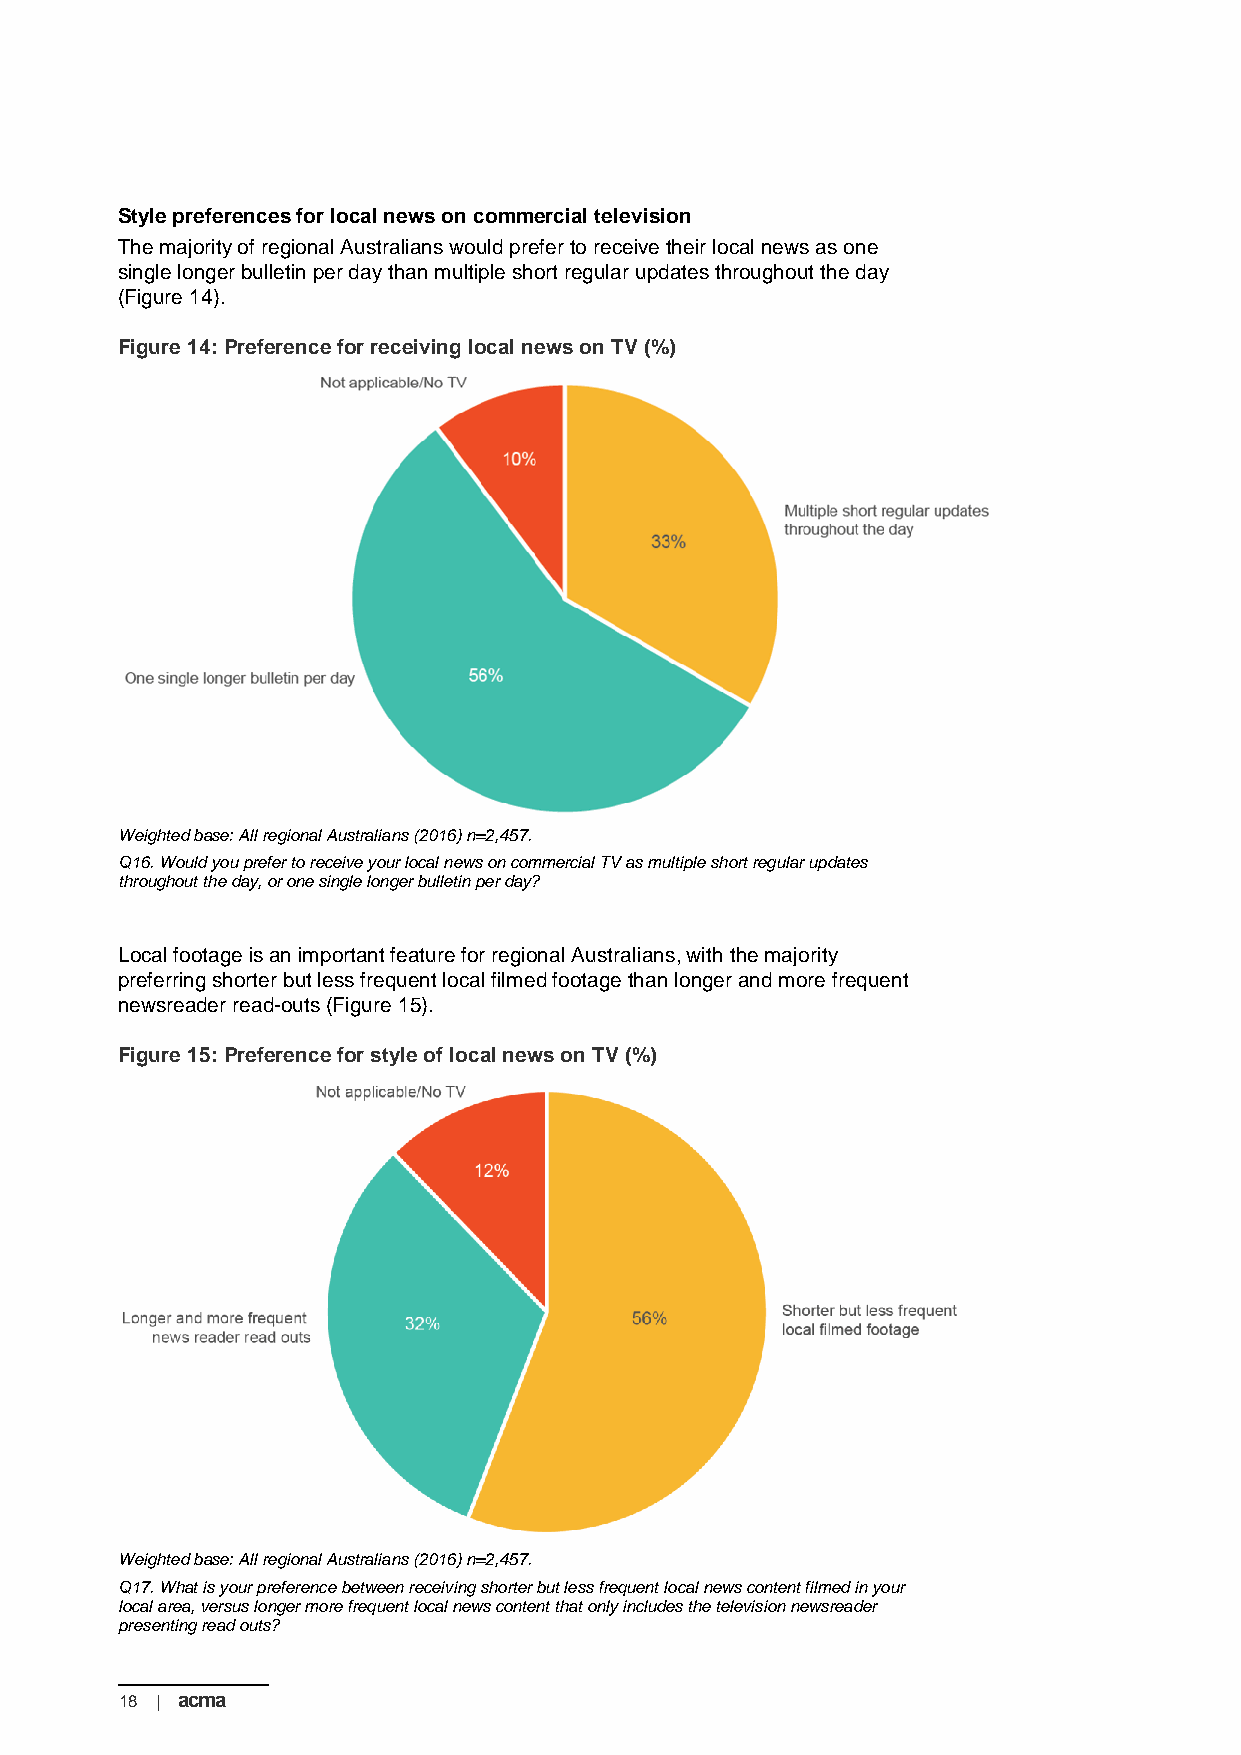
Style preferences for local news on commercial television
 The majority of regional Australians would prefer to receive their local news as one
 single longer bulletin per day than multiple short regular updates throughout the day
 (Figure 14).
 Figure 14: Preference for receiving local news on TV (%)
 Weighted base: All regional Australians (2016) n=2,457.
 Q16. Would you prefer to receive your local news on commercial TV as multiple short regular updates
 throughout the day, or one single longer bulletin per day?
 Local footage is an important feature for regional Australians, with the majority
 preferring shorter but less frequent local filmed footage than longer and more frequent
 newsreader read-outs (Figure 15).
 Figure 15: Preference for style of local news on TV (%)
 Weighted base: All regional Australians (2016) n=2,457.
 Q17. What is your preference between receiving shorter but less frequent local news content filmed in your
 local area, versus longer more frequent local news content that only includes the television newsreader
 presenting read outs?
 18 | acma